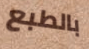
بالطبع